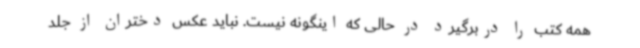
همه کتب را دربرگیرد در حالی که اینگونه نیست. نباید عکس دختران از جلد